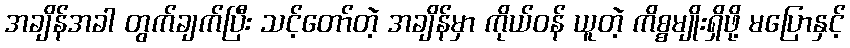
အချိန်အခါ တွက်ချက်ပြီး သင့်တော်တဲ့ အချိန်မှာ ကိုယ်ဝန် ယူတဲ့ ကိစ္စမျိုးရှိဖို့ မပြောနှင့်